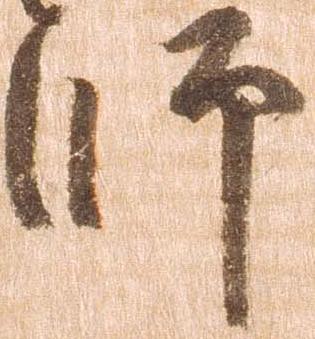
師